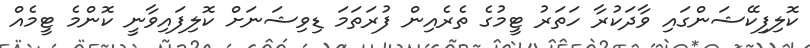
ކޮލިފިކޭޝަންގައި ވާދަކުރާ ހަތަރު ޓީމުގެ ތެރެއިން ފުރަތަމަ ޑިވިޝަނަށް ކޮލިފައިވާނީ ކޮންމެ ޓީމެއް